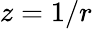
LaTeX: z=1/r